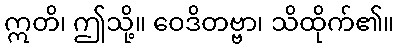
ဣတိ၊ ဤသို့။ ဝေဒိတဗ္ဗာ၊ သိထိုက်၏။